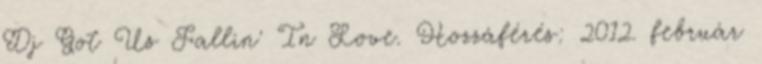
Dj Got Us Fallin' In Love. Hozzáférés: 2012. február